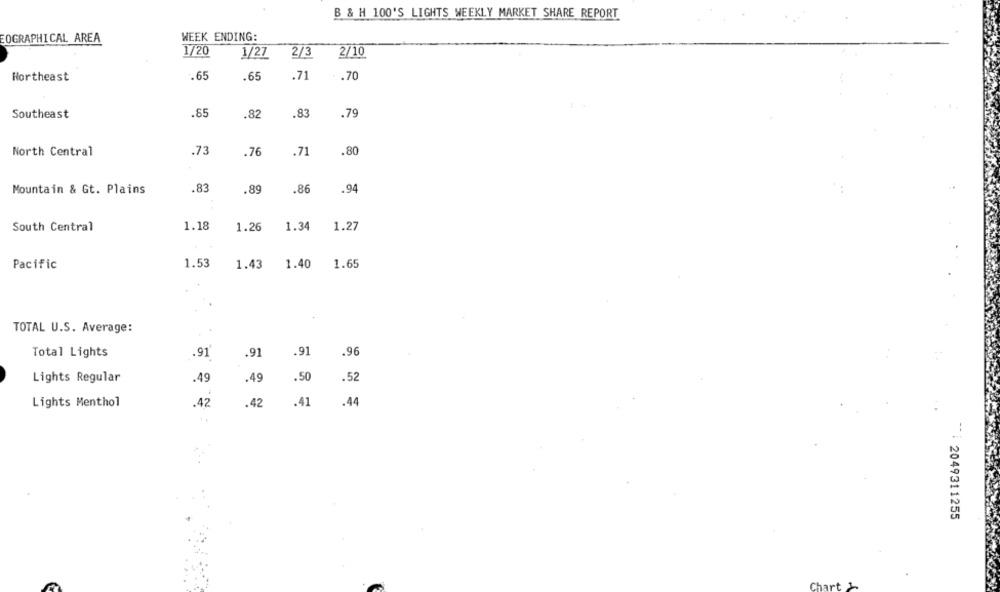
B & H 100'S LIGHTS WEEKLY MARKET SHARE REPORT
EOGRAPHICAL AREA
WEEK ENDING:
1/20
1/27
2/3
2/10
.65
.65
.71
.70
Northeast
Southeast
.85
.82
.83
.79
North Central
.73
.76
.71
.80
.83
.89
.86
.94
Mountain & Gt. Plains
South Central
1.18
1.26
1.34
1.27
Pacific
1.53
1.43
1.40
1.65
TOTAL U.S. Average:
Total Lights
.91
.91
.91
.96
Lights Regular
.49
.49
.50
.52
.44
Lights Menthol
.42
.42
.41
*: 2049311255
Chart 1